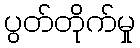
ပွတ်တိုက်မှု